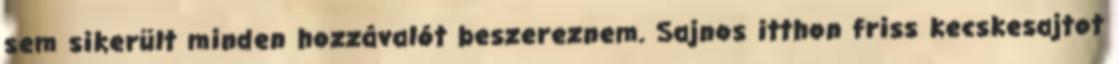
sem sikerült minden hozzávalót beszereznem. Sajnos itthon friss kecskesajtot